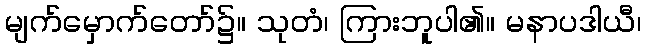
မျက်မှောက်တော်၌။ သုတံ၊ ကြားဘူပါ၏။ မနာပဒါယီ၊